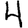
Digit: 4